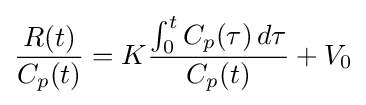
{R(t) \over C_{p}(t)}=K{\int _{0}^{t}C_{p}(\tau )\,d\tau  \over C_{p}(t)}+V_{0}